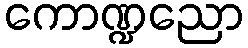
ကောဏ္ဍညော